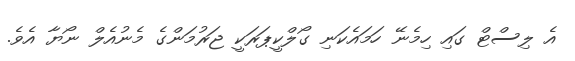
އެ ލިސްޓް ގައި ހިމެނޭ ހަމައެކަނި ގޯލްކީޕަރަކީ ޖަރުމަންގެ މެނުއެލް ނޯޔާ އެވެ.